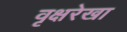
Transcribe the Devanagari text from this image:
वृक्षरेखा